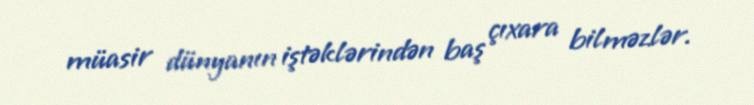
müasir dünyanın iştəklərindən baş çıxara bilməzlər.